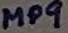
Text: MP9